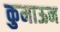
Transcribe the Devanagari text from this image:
कुमाऊन